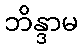
ဘိန္ဒာမ